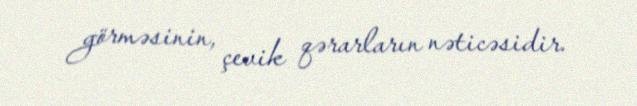
görməsinin, çevik qərarların nəticəsidir.